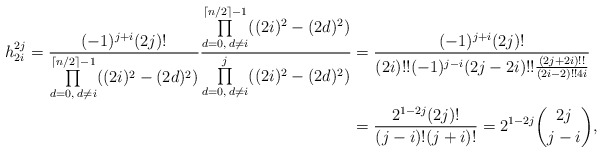
\begin{align*}h_{2i}^{2j}=\frac{(-1)^{j+i}(2j)!}{\prod\limits_{d=0,\;d\neq i}^{\lceil n/2\rceil-1}((2i)^2-(2d)^2)}\frac{\prod\limits_{d=0,\;d\neq i}^{\lceil n/2\rceil-1}((2i)^2-(2d)^2)}{\prod\limits_{d=0,\;d\neq i}^{j}((2i)^2-(2d)^2)}&=\frac{(-1)^{j+i}(2j)!}{(2i)!!(-1)^{j-i}(2j-2i)!!\frac{(2j+2i)!!}{(2i-2)!!4i}}\\& =\frac{2^{1-2j}(2j)!}{(j-i)!(j+i)!}=2^{1-2j}\binom{2j}{j-i},\end{align*}